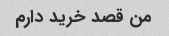
من قصد خرید دارم